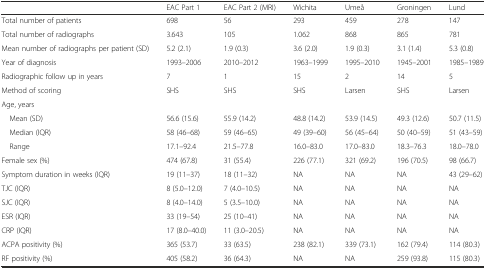
<table><thead><tr><td></td><td><b>EAC Part 1</b></td><td><b>EAC Part 2 (MRI)</b></td><td><b>Wichita</b></td><td><b>Umeå</b></td><td><b>Groningen</b></td><td><b>Lund</b></td></tr></thead><tbody><tr><td>Total number of patients</td><td>698</td><td>56</td><td>293</td><td>459</td><td>278</td><td>147</td></tr><tr><td>Total number of radiographs</td><td>3.643</td><td>105</td><td>1.062</td><td>868</td><td>865</td><td>781</td></tr><tr><td>Mean number of radiographs per patient (SD)</td><td>5.2 (2.1)</td><td>1.9 (0.3)</td><td>3.6 (2.0)</td><td>1.9 (0.3)</td><td>3.1 (1.4)</td><td>5.3 (0.8)</td></tr><tr><td>Year of diagnosis</td><td>1993–2006</td><td>2010–2012</td><td>1963–1999</td><td>1995–2010</td><td>1945–2001</td><td>1985–1989</td></tr><tr><td>Radiographic follow up in years</td><td>7</td><td>1</td><td>15</td><td>2</td><td>14</td><td>5</td></tr><tr><td>Method of scoring</td><td>SHS</td><td>SHS</td><td>SHS</td><td>Larsen</td><td>SHS</td><td>Larsen</td></tr><tr><td>Age, years</td><td></td><td></td><td></td><td></td><td></td><td></td></tr><tr><td> Mean (SD)</td><td>56.6 (15.6)</td><td>55.9 (14.2)</td><td>48.8 (14.2)</td><td>53.9 (14.5)</td><td>49.3 (12.6)</td><td>50.7 (11.5)</td></tr><tr><td> Median (IQR)</td><td>58 (46–68)</td><td>59 (46–65)</td><td>49 (39–60)</td><td>56 (45–64)</td><td>50 (40–59)</td><td>51 (43–59)</td></tr><tr><td> Range</td><td>17.1–92.4</td><td>21.5–77.8</td><td>16.0–83.0</td><td>17.0–83.0</td><td>18.3–76.3</td><td>18.0–78.0</td></tr><tr><td>Female sex (%)</td><td>474 (67.8)</td><td>31 (55.4)</td><td>226 (77.1)</td><td>321 (69.2)</td><td>196 (70.5)</td><td>98 (66.7)</td></tr><tr><td>Symptom duration in weeks (IQR)</td><td>19 (11–37)</td><td>18 (11–32)</td><td>NA</td><td>NA</td><td>NA</td><td>43 (29–62)</td></tr><tr><td>TJC (IQR)</td><td>8 (5.0–12.0)</td><td>7 (4.0–10.5)</td><td>NA</td><td>NA</td><td>NA</td><td>NA</td></tr><tr><td>SJC (IQR)</td><td>8 (4.0–14.0)</td><td>5 (3.5–10.0)</td><td>NA</td><td>NA</td><td>NA</td><td>NA</td></tr><tr><td>ESR (IQR)</td><td>33 (19–54)</td><td>25 (10–41)</td><td>NA</td><td>NA</td><td>NA</td><td>NA</td></tr><tr><td>CRP (IQR)</td><td>17 (8.0–40.0)</td><td>11 (3.0–20.5)</td><td>NA</td><td>NA</td><td>NA</td><td>NA</td></tr><tr><td>ACPA positivity (%)</td><td>365 (53.7)</td><td>33 (63.5)</td><td>238 (82.1)</td><td>339 (73.1)</td><td>162 (79.4)</td><td>114 (80.3)</td></tr><tr><td>RF positivity (%)</td><td>405 (58.2)</td><td>36 (64.3)</td><td>NA</td><td>NA</td><td>259 (93.8)</td><td>115 (80.3)</td></tr></tbody></table>